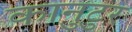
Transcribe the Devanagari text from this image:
कानुटुर